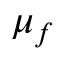
\mu _ { f }